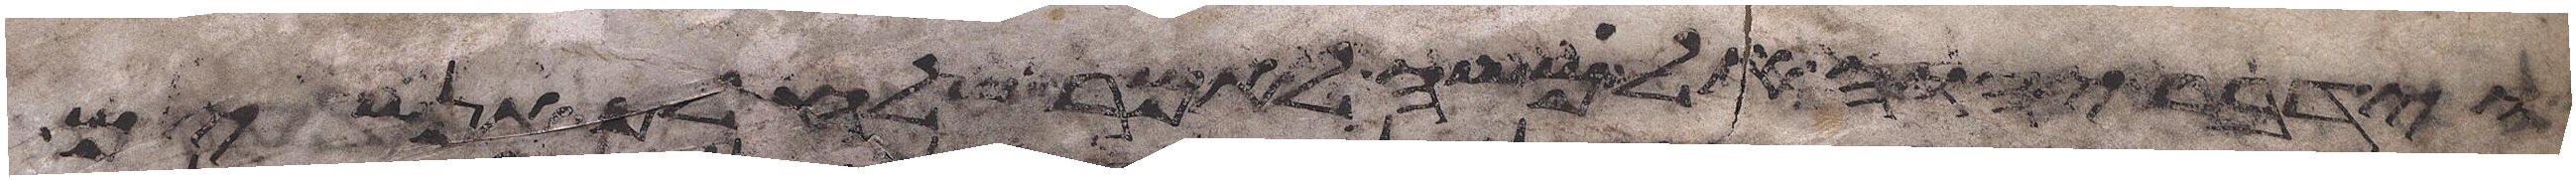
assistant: וידבר יהוה אל משה לאמר שלח לך אנשים